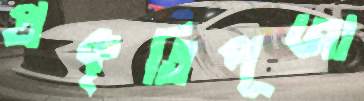
প্রকৃতিপূজা